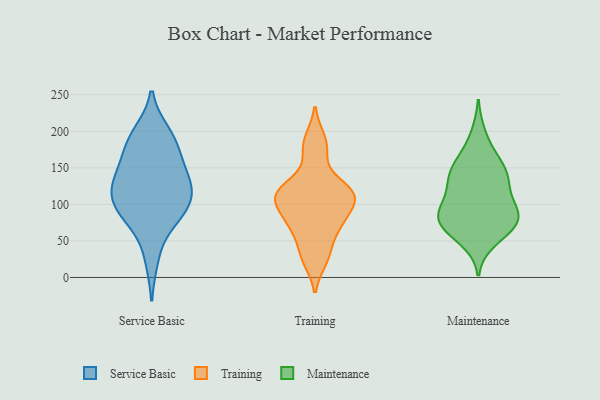
{"axis": {"x": "Customer Acquisition Cost (USD)", "y": "Value"}, "legend": ["Maintenance", "Service Basic", "Training"], "data": [{"x": "", "y": 183, "type": "Service Basic"}, {"x": "", "y": 193, "type": "Service Basic"}, {"x": "", "y": 131, "type": "Service Basic"}, {"x": "", "y": 110, "type": "Service Basic"}, {"x": "", "y": 132, "type": "Service Basic"}, {"x": "", "y": 143, "type": "Service Basic"}, {"x": "", "y": 96, "type": "Service Basic"}, {"x": "", "y": 197, "type": "Service Basic"}, {"x": "", "y": 152, "type": "Service Basic"}, {"x": "", "y": 84, "type": "Service Basic"}, {"x": "", "y": 74, "type": "Service Basic"}, {"x": "", "y": 26, "type": "Service Basic"}, {"x": "", "y": 119, "type": "Service Basic"}, {"x": "", "y": 92, "type": "Service Basic"}, {"x": "", "y": 176, "type": "Service Basic"}, {"x": "", "y": 111, "type": "Service Basic"}, {"x": "", "y": 107, "type": "Training"}, {"x": "", "y": 76, "type": "Training"}, {"x": "", "y": 72, "type": "Training"}, {"x": "", "y": 172, "type": "Training"}, {"x": "", "y": 35, "type": "Training"}, {"x": "", "y": 188, "type": "Training"}, {"x": "", "y": 115, "type": "Training"}, {"x": "", "y": 122, "type": "Training"}, {"x": "", "y": 121, "type": "Training"}, {"x": "", "y": 109, "type": "Training"}, {"x": "", "y": 25, "type": "Training"}, {"x": "", "y": 74, "type": "Training"}, {"x": "", "y": 107, "type": "Training"}, {"x": "", "y": 137, "type": "Maintenance"}, {"x": "", "y": 80, "type": "Maintenance"}, {"x": "", "y": 64, "type": "Maintenance"}, {"x": "", "y": 195, "type": "Maintenance"}, {"x": "", "y": 51, "type": "Maintenance"}, {"x": "", "y": 95, "type": "Maintenance"}, {"x": "", "y": 149, "type": "Maintenance"}, {"x": "", "y": 166, "type": "Maintenance"}, {"x": "", "y": 139, "type": "Maintenance"}, {"x": "", "y": 87, "type": "Maintenance"}, {"x": "", "y": 123, "type": "Maintenance"}, {"x": "", "y": 69, "type": "Maintenance"}, {"x": "", "y": 77, "type": "Maintenance"}, {"x": "", "y": 73, "type": "Maintenance"}, {"x": "", "y": 152, "type": "Maintenance"}, {"x": "", "y": 97, "type": "Maintenance"}, {"x": "", "y": 88, "type": "Maintenance"}, {"x": "", "y": 125, "type": "Maintenance"}]}